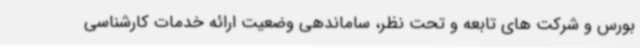
بورس و شرکت های تابعه و تحت نظر، ساماندهی وضعیت ارائه خدمات کارشناسی